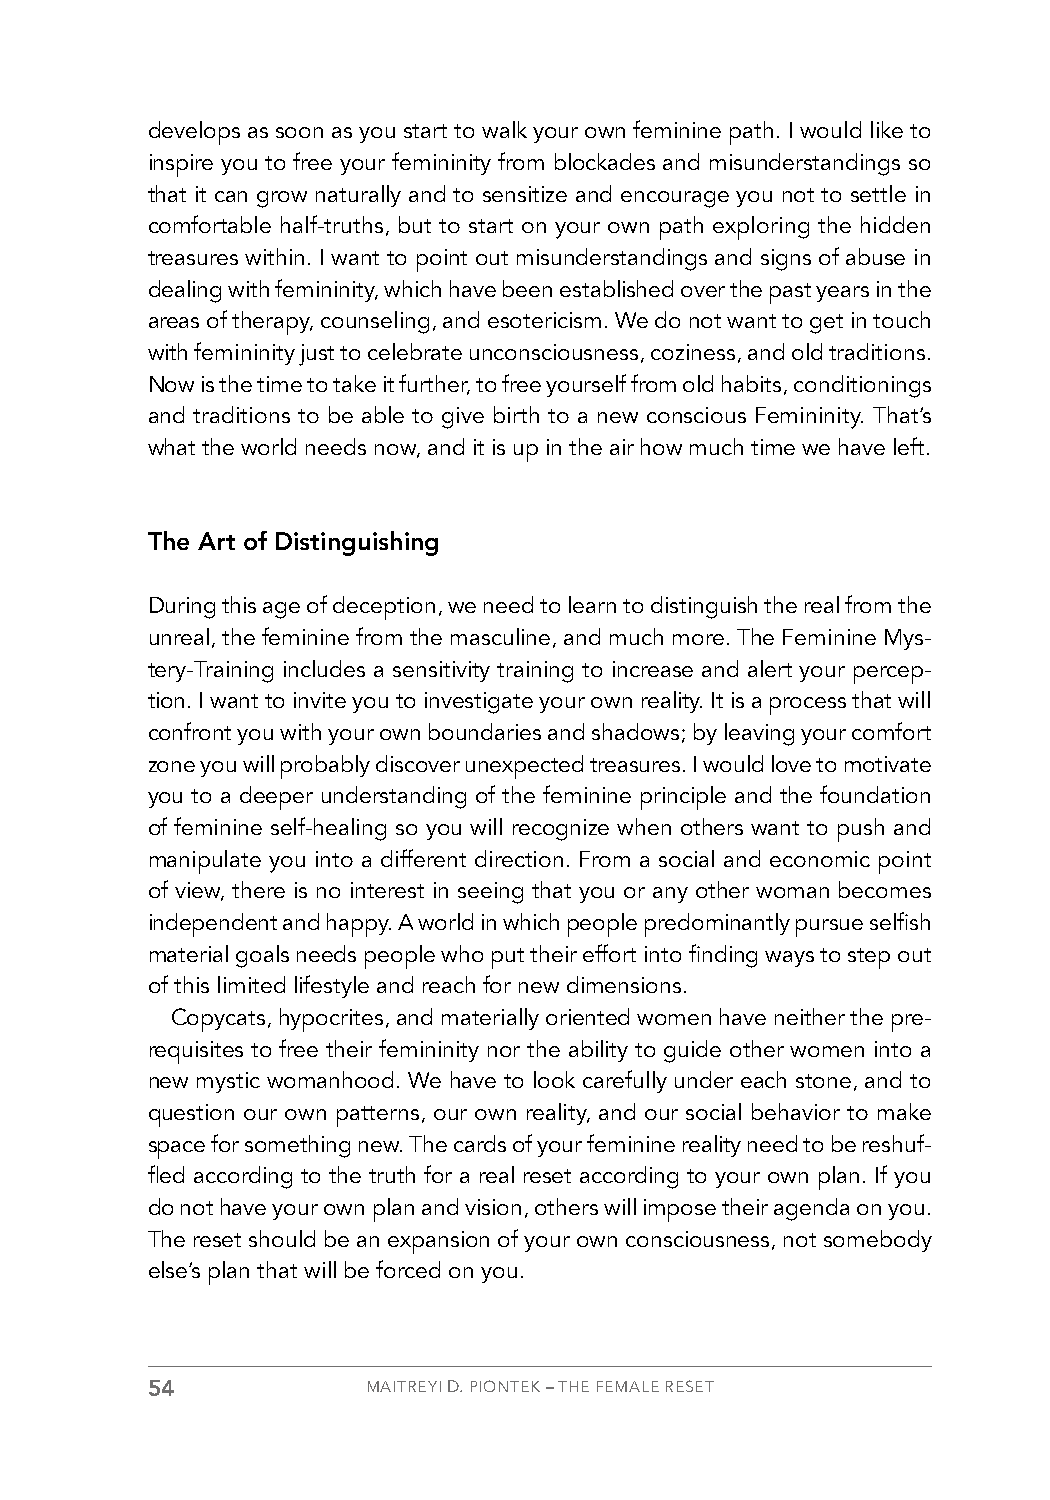
develops as soon as you start to walk your own feminine path. I would like to
 inspire you to free your femininity from blockades and misunderstandings so
 that it can grow naturally and to sensitize and encourage you not to settle in
 comfortable half-truths, but to start on your own path exploring the hidden
 treasures within. I want to point out misunderstandings and signs of abuse in
 dealing with femininity, which have been established over the past years in the
 areas of therapy, counseling, and esotericism. We do not want to get in touch
 with femininity just to celebrate unconsciousness, coziness, and old traditions.
 Now is the time to take it further, to free yourself from old habits, conditionings
 and traditions to be able to give birth to a new conscious Femininity. That’s
 what the world needs now, and it is up in the air how much time we have left.
 The Art of Distinguishing
 During this age of deception, we need to learn to distinguish the real from the
 unreal, the feminine from the masculine, and much more. The Feminine Mys-
 tery-Training includes a sensitivity training to increase and alert your percep-
 tion. I want to invite you to investigate your own reality. It is a process that will
 confront you with your own boundaries and shadows; by leaving your comfort
 zone you will probably discover unexpected treasures. I would love to motivate
 you to a deeper understanding of the feminine principle and the foundation
 of feminine self-healing so you will recognize when others want to push and
 manipulate you into a different direction. From a social and economic point
 of view, there is no interest in seeing that you or any other woman becomes
 independent and happy. A world in which people predominantly pursue selfish
 material goals needs people who put their effort into finding ways to step out
 of this limited lifestyle and reach for new dimensions.
 Copycats, hypocrites, and materially oriented women have neither the pre-
 requisites to free their femininity nor the ability to guide other women into a
 new mystic womanhood. We have to look carefully under each stone, and to
 question our own patterns, our own reality, and our social behavior to make
 space for something new. The cards of your feminine reality need to be reshuf-
 fled according to the truth for a real reset according to your own plan. If you
 do not have your own plan and vision, others will impose their agenda on you.
 The reset should be an expansion of your own consciousness, not somebody
 else’s plan that will be forced on you.
 54            MAITREYI D. PIONTEK – THE FEMALE RESET